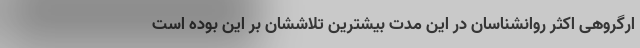
ارگروهی اکثر روانشناسان در این مدت بیشترین تلاششان بر این بوده است